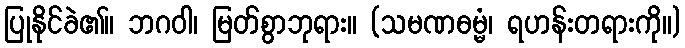
ပြုနိုင်ခဲ၏။ ဘဂဝါ၊ မြတ်စွာဘုရား။ (သမဏဓမ္မံ၊ ရဟန်းတရားကို။)